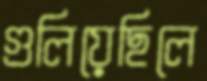
গুলিয়েছিলে